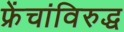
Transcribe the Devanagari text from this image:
फ्रेंचांविरुद्ध